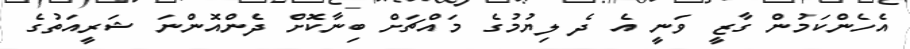
އެހެންކަމުން ގާޒީ ވަނީ އެ ދެ ލިޔުމުގެ މައްޗަށް ބިނާކޮށް ދެންއޮންނަ ޝަރީއަތުގެ